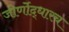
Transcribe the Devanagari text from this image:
जीर्णोद्धारच